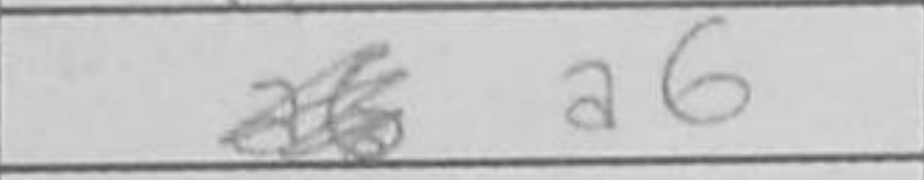
Transcription: a6